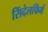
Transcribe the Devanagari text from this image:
सिंदेलफिंगें